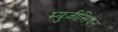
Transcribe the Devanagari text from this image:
म्युजीसियन